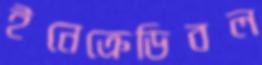
ইনেক্রেডিবল